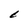
Character: C